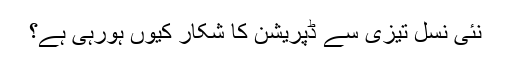
نئی نسل تیزی سے ڈپریشن کا شکار کیوں ہورہی ہے؟